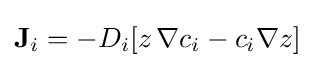
\mathbf {J} _{i}=-D_{i}[z\,\nabla c_{i}-c_{i}\nabla z]